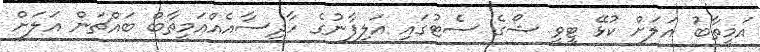
އަމީތާބު އަލަށް ކުޅޭ ޓީވީ ޝޯގެ ސެޓުގައި އަލިފާނުގެ ހާދިސާއެއްއަމީތާބް ބައްޗަން އަލަށް